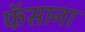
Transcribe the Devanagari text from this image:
फॅसाना